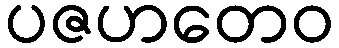
ပဇဟတေဝ